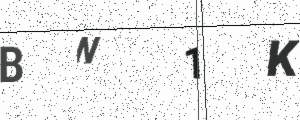
Text: BN1K